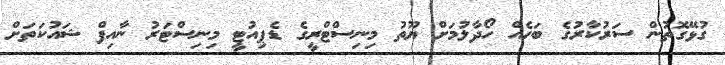
ގުޅޭގޮތުން ސަރުކާރުގެ ބަހެއް ހޯދާލުމަށް ޔޫތު މިނިސްޓްރީގެ ޑެޕިއުޓީ މިނިސްޓަރު ނާއިފް ޝައުކަތަށް